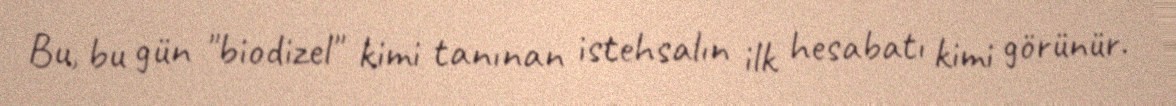
Bu, bu gün "biodizel" kimi tanınan istehsalın ilk hesabatı kimi görünür.